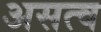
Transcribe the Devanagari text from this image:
असत्व